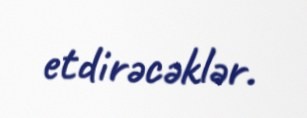
etdirəcəklər.